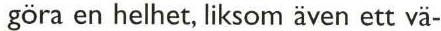
göra en helhet, liksom även ett vä-